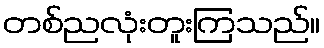
တစ်ညလုံးတူးကြသည်။